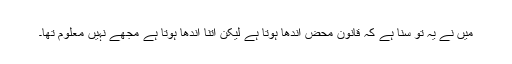
میں نے یہ تو سنا ہے کہ قانون محض اندھا ہوتا ہے لیکن اتنا اندھا ہوتا ہے مجھے نہیں معلوم تھا۔